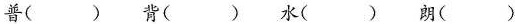
普( ) 背( ) 水( ) 朗( )